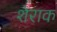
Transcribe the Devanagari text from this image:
शेराक